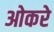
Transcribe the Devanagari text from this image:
ओकरे